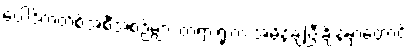
ပေါ့ဒ်ကတ်စ်အစီအစဉ်များ တရားရုံးက အမိန့်ချပြီးချိန်မှာတောင်